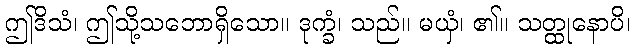
ဤဒိသံ၊ ဤသို့သဘောရှိသော။ ဒုက္ခံ၊ သည်။ မယှံ၊ ၏။ သတ္ထုနောပိ၊